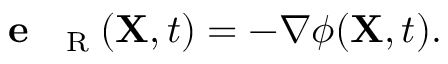
\textbf { e } _ { \mathrm { ~ \tiny ~ R ~ } } ( { \bf X } , t ) = - \nabla \phi ( { \bf X } , t ) .